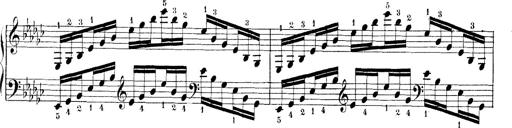
Title: Technische Studien
Composer: Franz Liszt